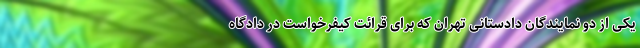
یکی از دو نمایندگان دادستانی تهران که برای قرائت کیفرخواست در دادگاه